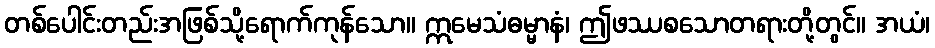
တစ်ပေါင်းတည်းအဖြစ်သို့ရောက်ကုန်သော။ ဣမေသံဓမ္မာနံ၊ ဤဖဿစသောတရားတို့တွင်။ အယံ၊